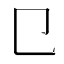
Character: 㔾